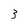
Character: 3